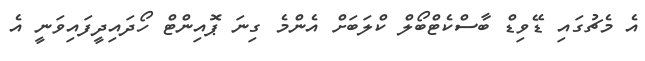
އެ މެޗުގައި ޑޭވިޑް ބާސްކެޓްބޯލް ކްލަބަށް އެންމެ ގިނަ ޕޮއިންޓް ހޯދައިދީފައިވަނީ އެ